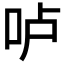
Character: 𠰷